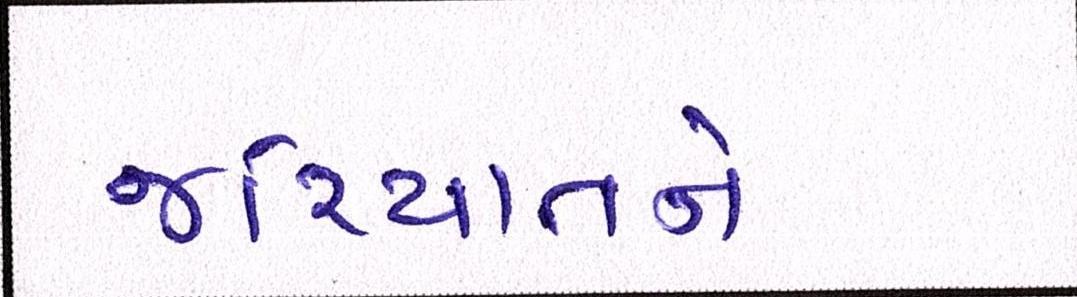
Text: જરિયાતને